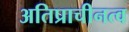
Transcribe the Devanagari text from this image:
अतिप्राचीनत्व